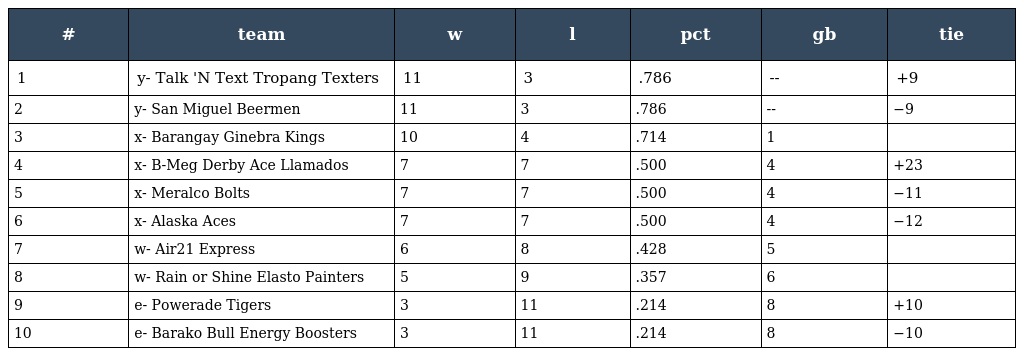
| # | team | w | l | pct | gb | tie |
 | --- | --- | --- | --- | --- | --- | --- |
 | 1 | y- Talk 'N Text Tropang Texters | 11 | 3 | .786 | -- | +9 |
 | 2 | y- San Miguel Beermen | 11 | 3 | .786 | -- | −9 |
 | 3 | x- Barangay Ginebra Kings | 10 | 4 | .714 | 1 |  |
 | 4 | x- B-Meg Derby Ace Llamados | 7 | 7 | .500 | 4 | +23 |
 | 5 | x- Meralco Bolts | 7 | 7 | .500 | 4 | −11 |
 | 6 | x- Alaska Aces | 7 | 7 | .500 | 4 | −12 |
 | 7 | w- Air21 Express | 6 | 8 | .428 | 5 |  |
 | 8 | w- Rain or Shine Elasto Painters | 5 | 9 | .357 | 6 |  |
 | 9 | e- Powerade Tigers | 3 | 11 | .214 | 8 | +10 |
 | 10 | e- Barako Bull Energy Boosters | 3 | 11 | .214 | 8 | −10 |